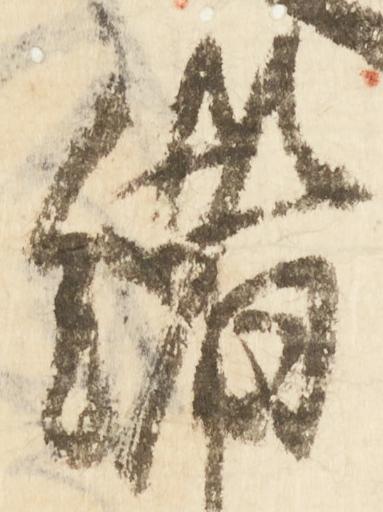
緒